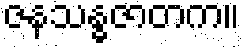
ဇနသန္ဓဇာတက။